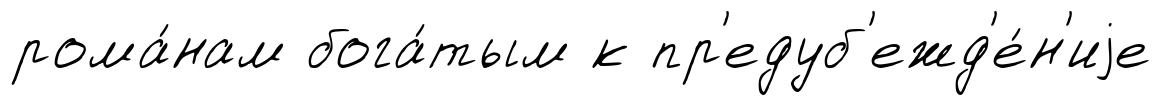
рома́нам бога́тым к пр'едуб'ежд'е́н'иjе